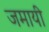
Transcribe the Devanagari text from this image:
जमायी